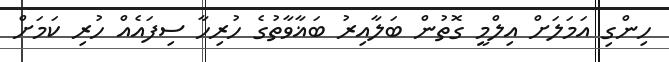
ހިންގި އަމަލަށް އިލްމީ ގޮތުން ބަލާއިރު ބަޣާވާތުގެ ހުރިހާ ސިފައެއް ހުރި ކަމަށް